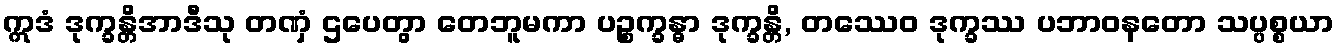
ဣဒံ ဒုက္ခန္တိအာဒီသု တဏှံ ဌပေတွာ တေဘူမကာ ပဉ္စက္ခန္ဓာ ဒုက္ခန္တိ, တဿေဝ ဒုက္ခဿ ပဘာဝနတော သပ္ပစ္စယာ